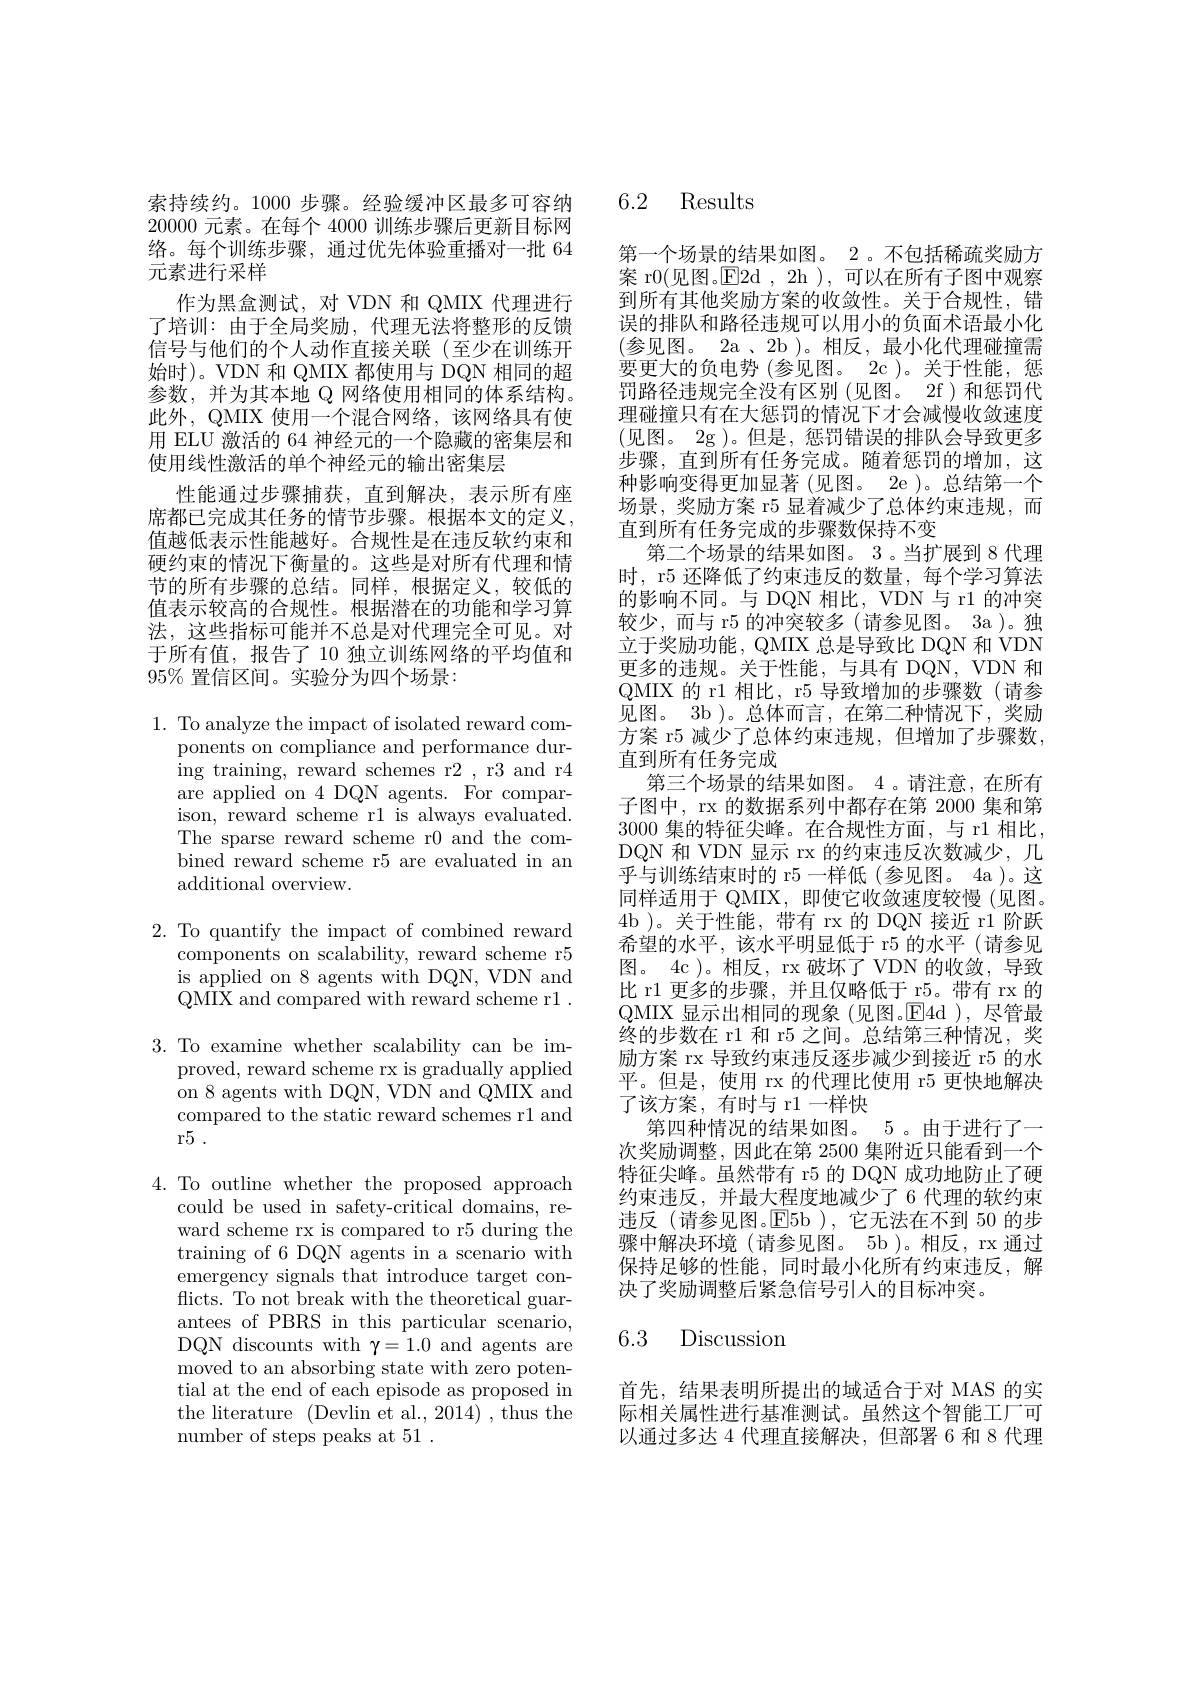
索持续约。1000 步骤。经验缓冲区最多可容纳20000元素。在每个 4000 训练步骤后更新目标网络。每个训练步骤，通过优先体验重播对一批 64元素进行采样
作为黑盒测试，对 VDN 和 QMIX 代理进行了培训：由于全局奖励，代理无法将整形的反馈信号与他们的个人动作直接关联(至少在训练开始时)。VDN 和 QMIX 都使用与 DQN 相同的超参数，并为其本地 Q 网络使用相同的体系结构。此外，QMIX 使用一个混合网络，该网络具有使用 ELU 激活的 64 神经元的一个隐藏的密集层和使用线性激活的单个神经元的输出密集层
性能通过步骤捕获，直到解决，表示所有座席都已完成其任务的情节步骤。根据本文的定义， 值越低表示性能越好。合规性是在违反软约束和硬约束的情况下衡量的。这些是对所有代理和情节的所有步骤的总结。同样，根据定义，较低的值表示较高的合规性。根据潜在的功能和学习算法，这些指标可能并不总是对代理完全可见。对于所有值，报告了 10 独立训练网络的平均值和$95\%$置信区间。实验分为四个场景：

1. To analyze the impact of isolated reward com-
ponents on compliance and performance during training, reward schemes r2 , r3 and r4 are applied on 4 DQN agents. For comparison, reward scheme rl is always evaluated. The sparse reward scheme r0 and the combined reward scheme r5 are evaluated in an additional overview.

2. To quantify the impact of combined reward
components on scalability, reward scheme r5 is applied on 8 agents with DQN, VDN and QMIX and compared with reward scheme r1 .
3. To examine whether scalability can be im-
proved, reward scheme rx is gradually applied on 8 agents with DQN, VDN and QMIX and compared to the static reward schemes r1 and r5 .

4. To outline whether the proposed approach
could be used in safety-critical domains, reward scheme rx is compared to r5 during the training of 6 DQN agents in a scenario with emergency signals that introduce target conflicts. To not break with the theoretical guarantees of PBRS in this particular scenario, DQN discounts with $\gamma=1.0$ and agents are moved to an absorbing state with zero potential at the end of each episode as proposed in the literature (Devlin et al., 2014) , thus the number of steps peaks at 51 .

## 6.2 Results

第一个场景的结果如图。2。不包括稀疏奖励方案 r0(见图。E2d , 2h ),可以在所有子图中观察到所有其他奖励方案的收敛性。关于合规性，错误的排队和路径违规可以用小的负面术语最小化(参见图。2a、2b )。相反，最小化代理碰撞需要更大的负电势(参见图。2c)。关于性能，惩罚路径违规完全没有区别(见图。2f)和惩罚代理碰撞只有在大惩罚的情况下才会减慢收敛速度(见图。2g )。但是，惩罚错误的排队会导致更多步骤，直到所有任务完成。随着惩罚的增加，这种影响变得更加显著 (见图。2e )。总结第一个场景，奖励方案 r5 显着减少了总体约束违规，而直到所有任务完成的步骤数保持不变
第二个场景的结果如图。3 。当扩展到 8 代理时，r5 还降低了约束违反的数量，每个学习算法的影响不同。与 DQN 相比，VDN 与 r1 的冲突较少，而与 r5 的冲突较多 (请参见图。3a )。独立于奖励功能，QMIX 总是导致比 DQN 和 VDN 更多的违规。关于性能，与具有 DQN, VDN 和QMIX 的 r1 相比，r5 导致增加的步骤数(请参见图。3b )。总体而言，在第二种情况下，奖励方案 r5 减少了总体约束违规，但增加了步骤数， 直到所有任务完成
第三个场景的结果如图。4 。请注意，在所有子图中，rx 的数据系列中都存在第 2000 集和第3000 集的特征尖峰。在合规性方面，与 r1 相比， DQN 和 VDN 显示 rx 的约束违反次数减少，几乎与训练结束时的 r5 一样低(参见图。4a )。这同样适用于 QMIX,即使它收敛速度较慢(见图。4b )。关于性能，带有 rx 的 DQN 接近 r1 阶跃希望的水平，该水平明显低于 r5 的水平(请参见图。4c )。相反，rx 破坏了 VDN 的收敛，导致比 r1 更多的步骤，并且仅略低于 r5。带有 rx 的QMIX 显示出相同的现象(见图。E4d),尽管最终的步数在 r1 和 r5 之间。总结第三种情况，奖励方案 rx 导致约束违反逐步减少到接近 r5 的水平。但是，使用 rx 的代理比使用 r5 更快地解决了该方案，有时与 r1一样快
第四种情况的结果如图。5 。由于进行了一次奖励调整，因此在第 2500 集附近只能看到一个特征尖峰。虽然带有 r5 的 DQN 成功地防止了硬约束违反，并最大程度地减少了 6 代理的软约束违反(请参见图。E5b),它无法在不到 50 的步骤中解决环境(请参见图。5b)。相反，rx通过保持足够的性能，同时最小化所有约束违反，解决了奖励调整后紧急信号引人的目标冲突。

## 6.3 Discussiom

首先，结果表明所提出的域适合于对 MAS 的实际相关属性进行基准测试。虽然这个智能工厂可以通过多达 4 代理直接解决，但部署 6 和 8 代理